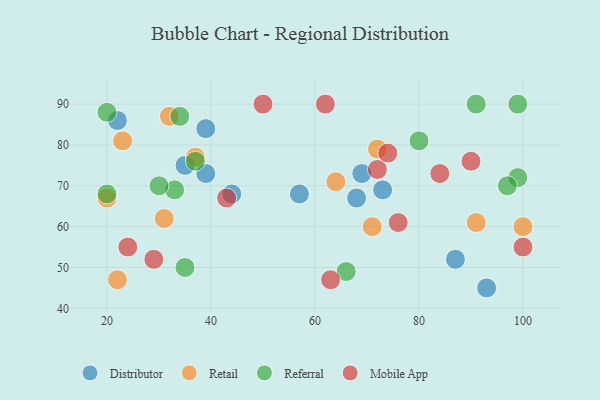
{"axis": {"x": "GDP", "y": "Life Expectancy"}, "legend": ["Distributor", "Mobile App", "Referral", "Retail"], "data": [{"x": "39", "y": 73, "type": "Distributor"}, {"x": "39", "y": 84, "type": "Distributor"}, {"x": "68", "y": 67, "type": "Distributor"}, {"x": "87", "y": 52, "type": "Distributor"}, {"x": "93", "y": 45, "type": "Distributor"}, {"x": "69", "y": 73, "type": "Distributor"}, {"x": "44", "y": 68, "type": "Distributor"}, {"x": "57", "y": 68, "type": "Distributor"}, {"x": "35", "y": 75, "type": "Distributor"}, {"x": "22", "y": 86, "type": "Distributor"}, {"x": "73", "y": 69, "type": "Distributor"}, {"x": "100", "y": 60, "type": "Retail"}, {"x": "71", "y": 60, "type": "Retail"}, {"x": "91", "y": 61, "type": "Retail"}, {"x": "20", "y": 67, "type": "Retail"}, {"x": "37", "y": 77, "type": "Retail"}, {"x": "22", "y": 47, "type": "Retail"}, {"x": "32", "y": 87, "type": "Retail"}, {"x": "72", "y": 79, "type": "Retail"}, {"x": "64", "y": 71, "type": "Retail"}, {"x": "31", "y": 62, "type": "Retail"}, {"x": "23", "y": 81, "type": "Retail"}, {"x": "20", "y": 88, "type": "Referral"}, {"x": "33", "y": 69, "type": "Referral"}, {"x": "99", "y": 90, "type": "Referral"}, {"x": "35", "y": 50, "type": "Referral"}, {"x": "34", "y": 87, "type": "Referral"}, {"x": "91", "y": 90, "type": "Referral"}, {"x": "99", "y": 72, "type": "Referral"}, {"x": "66", "y": 49, "type": "Referral"}, {"x": "30", "y": 70, "type": "Referral"}, {"x": "80", "y": 81, "type": "Referral"}, {"x": "20", "y": 68, "type": "Referral"}, {"x": "37", "y": 76, "type": "Referral"}, {"x": "97", "y": 70, "type": "Referral"}, {"x": "72", "y": 74, "type": "Mobile App"}, {"x": "90", "y": 76, "type": "Mobile App"}, {"x": "63", "y": 47, "type": "Mobile App"}, {"x": "24", "y": 55, "type": "Mobile App"}, {"x": "76", "y": 61, "type": "Mobile App"}, {"x": "74", "y": 78, "type": "Mobile App"}, {"x": "62", "y": 90, "type": "Mobile App"}, {"x": "43", "y": 67, "type": "Mobile App"}, {"x": "100", "y": 55, "type": "Mobile App"}, {"x": "29", "y": 52, "type": "Mobile App"}, {"x": "50", "y": 90, "type": "Mobile App"}, {"x": "84", "y": 73, "type": "Mobile App"}]}